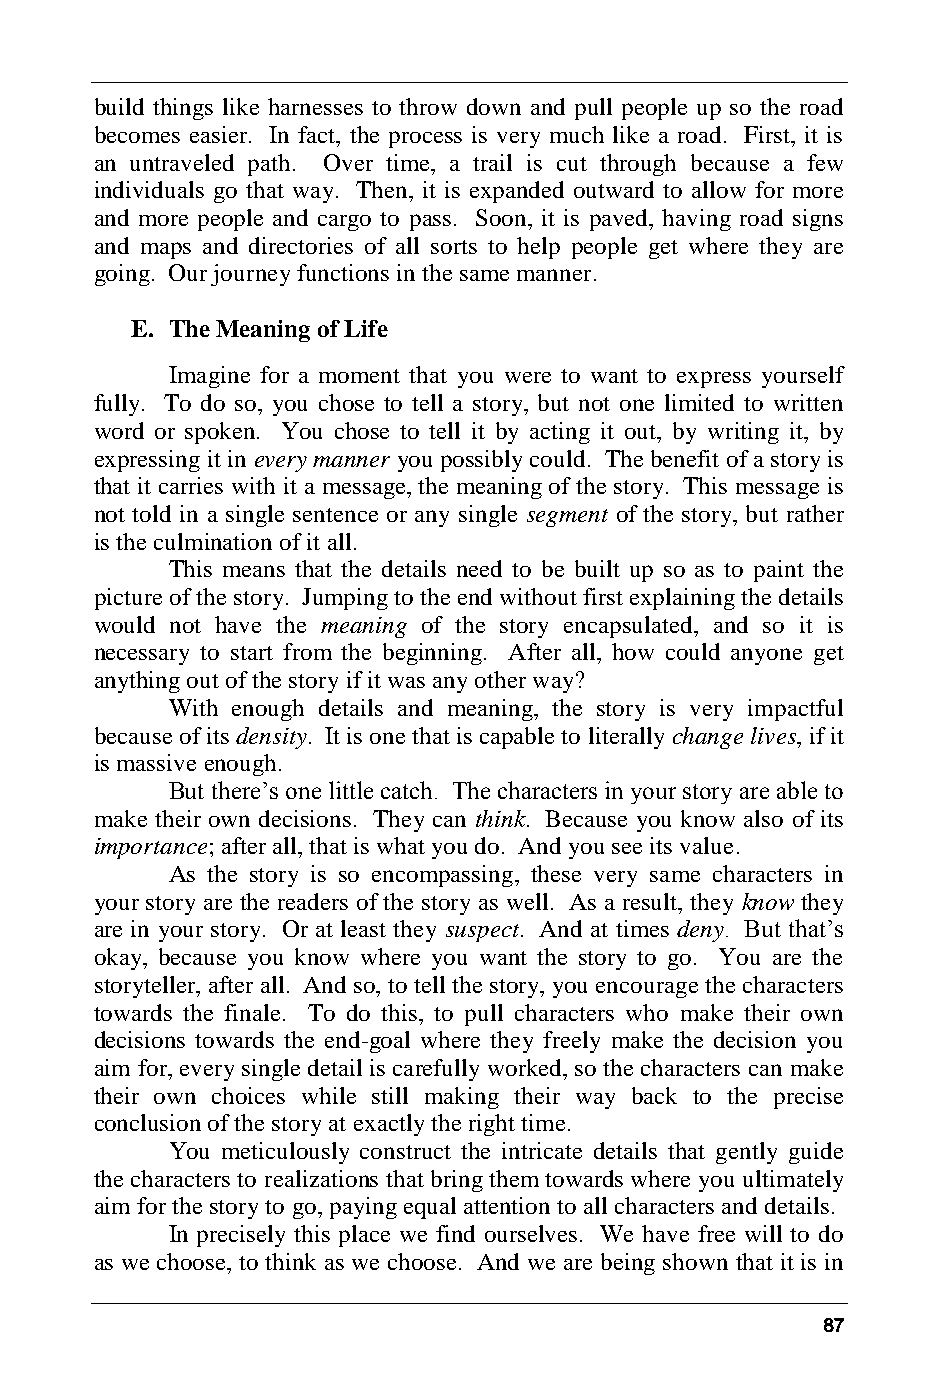
build things like harnesses to throw down and pull people up so the road
 becomes easier. In fact, the process is very much like a road. First, it is
 an untraveled path. Over time, a trail is cut through because a few
 individuals go that way. Then, it is expanded outward to allow for more
 and more people and cargo to pass. Soon, it is paved, having road signs
 and maps and directories of all sorts to help people get where they are
 going. Our journey functions in the same manner.
 E. The Meaning of Life
 Imagine for a moment that you were to want to express yourself
 fully. To do so, you chose to tell a story, but not one limited to written
 word or spoken. You chose to tell it by acting it out, by writing it, by
 expressing it in every manner you possibly could. The benefit of a story is
 that it carries with it a message, the meaning of the story. This message is
 not told in a single sentence or any single segment of the story, but rather
 is the culmination of it all.
 This means that the details need to be built up so as to paint the
 picture of the story. Jumping to the end without first explaining the details
 would not have the meaning of the story encapsulated, and so it is
 necessary to start from the beginning. After all, how could anyone get
 anything out of the story if it was any other way?
 With enough details and meaning, the story is very impactful
 because of its density. It is one that is capable to literally change lives, if it
 is massive enough.
 But there’s one little catch. The characters in your story are able to
 make their own decisions. They can think. Because you know also of its
 importance; after all, that is what you do. And you see its value.
 As the story is so encompassing, these very same characters in
 your story are the readers of the story as well. As a result, they know they
 are in your story. Or at least they suspect. And at times deny. But that’s
 okay, because you know where you want the story to go. You are the
 storyteller, after all. And so, to tell the story, you encourage the characters
 towards the finale. To do this, to pull characters who make their own
 decisions towards the end-goal where they freely make the decision you
 aim for, every single detail is carefully worked, so the characters can make
 their own choices while still making their way back to the precise
 conclusion of the story at exactly the right time.
 You meticulously construct the intricate details that gently guide
 the characters to realizations that bring them towards where you ultimately
 aim for the story to go, paying equal attention to all characters and details.
 In precisely this place we find ourselves. We have free will to do
 as we choose, to think as we choose. And we are being shown that it is in
 87